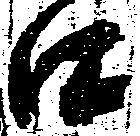
口